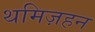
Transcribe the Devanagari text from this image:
थमिज़हन